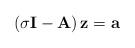
LaTeX: \begin{align*}\left( \sigma {\bf I} - {\bf A} \right) {\bf z} = {\bf a}\end{align*}